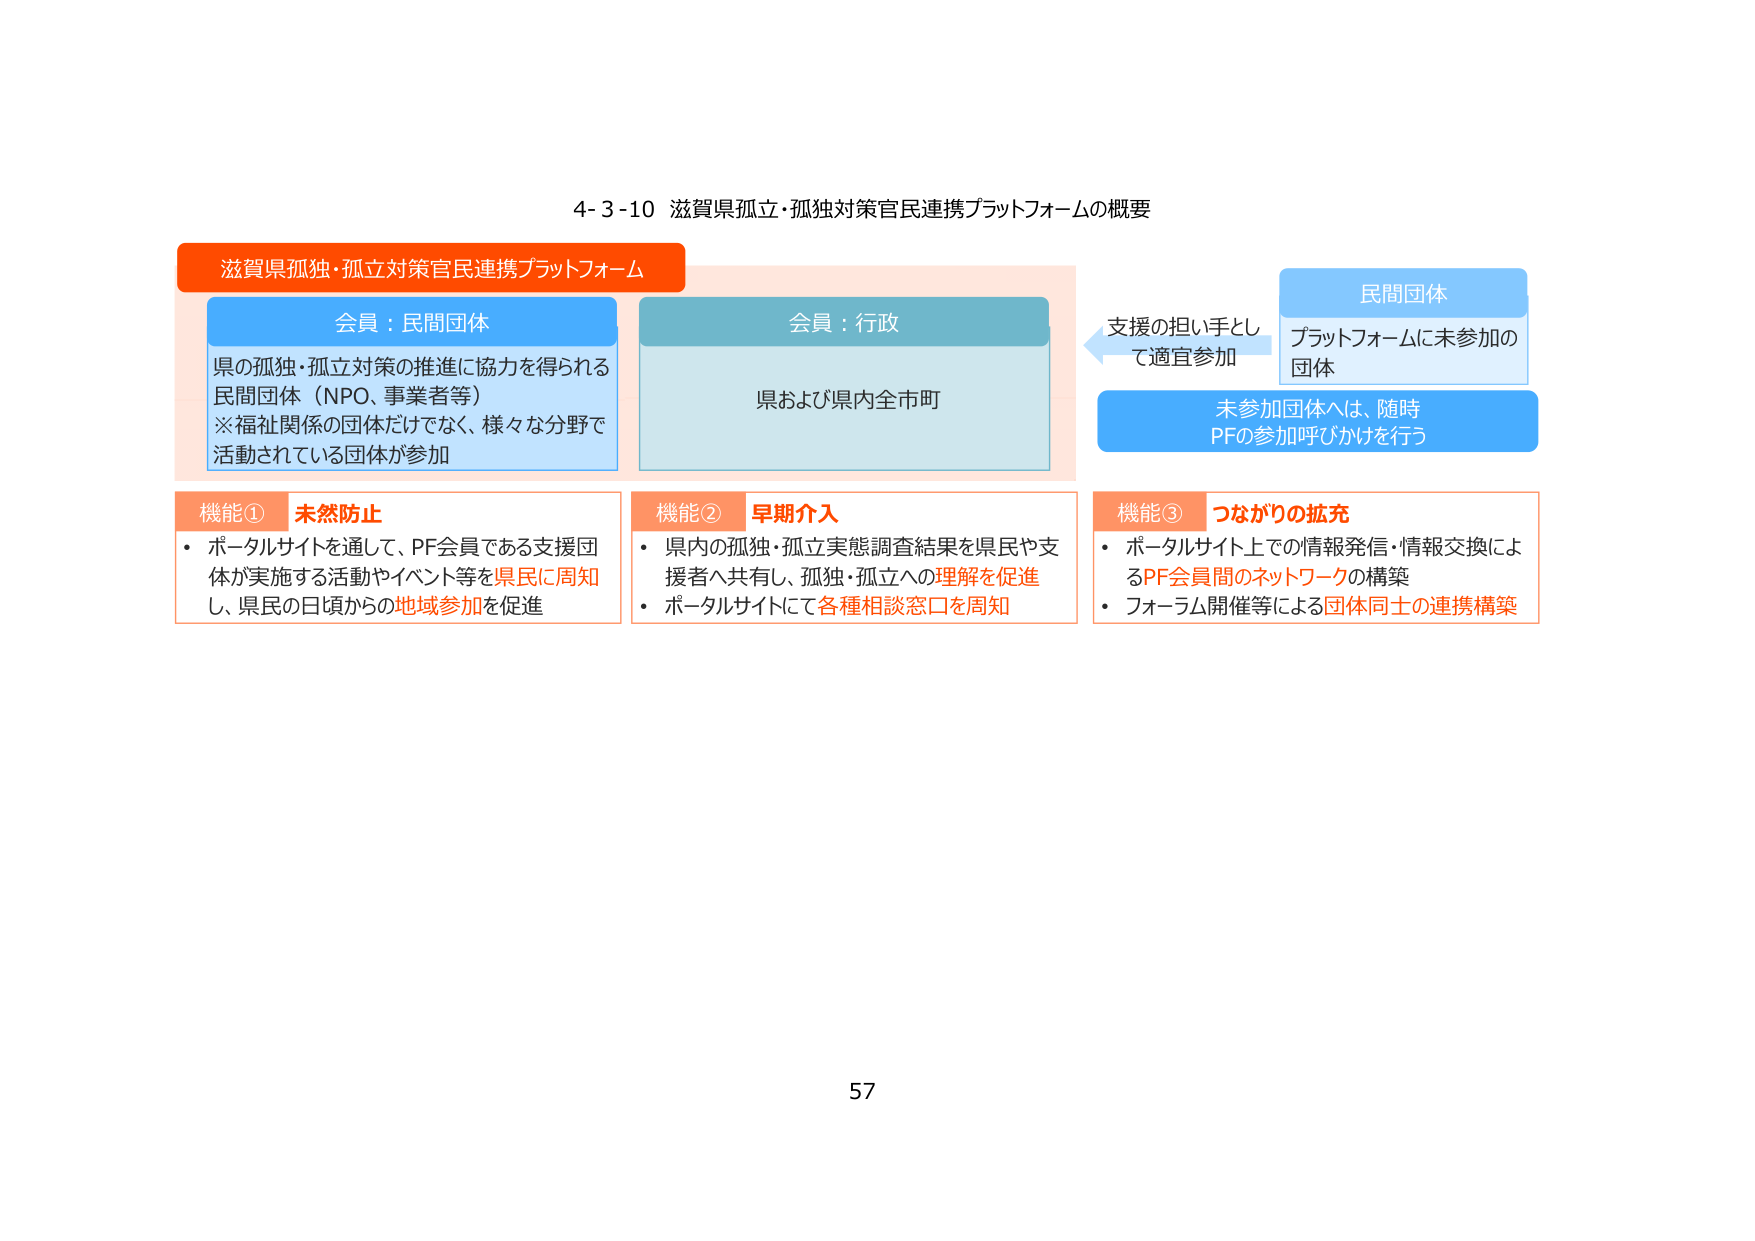
4-3-10 滋賀県孤独・孤独対策官民連携プラットフォームの概要

滋賀県孤独・孤立対策官民連携プラットフォーム

会員：民間団体
県の孤独・孤立対策の推進に協力を得られる
民間団体（NPO、事業者等）
※福祉関係の団体だけでなく、様々な分野で
活動されている団体が参加

会員：行政
県および県内全市町

支援の担い手とし
て適宜参加

民間団体
プラットフォームに未参加の
団体

未参加団体へは、随時
PFの参加呼びかけを行う

機能① 未然防止
・ポータルサイトを通じて、PF会員である支援団
体が実施する活動やイベント等を県民に周知
し、県民の日頃からの地域参加を促進

機能② 早期介入
・県内の孤独・孤立実態調査結果を県民や支
援者へ共有し、孤独・孤立への理解を促進
・ポータルサイトにて各種相談窓口を周知

機能③ つながりの拡充
・ポータルサイト上での情報発信・情報交換によ
るPF会員間のネットワークの構築
・フォーラム開催等による団体同士の連携構築

57